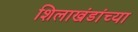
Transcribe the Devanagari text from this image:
शिलाखंडांच्या